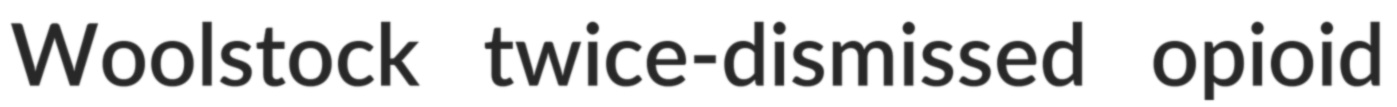
Woolstock twice-dismissed opioid